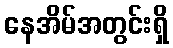
နေအိမ်အတွင်းရှိ